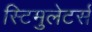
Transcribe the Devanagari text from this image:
स्टिमुलेटर्स